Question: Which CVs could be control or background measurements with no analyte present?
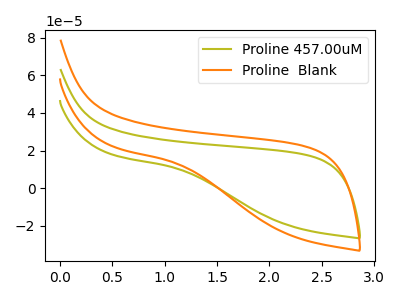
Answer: <think>The olive curve "Proline 457.00uM" has no peaks. The orange curve "Proline  Blank" has no peaks.</think>
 <answer>"Proline 457.00uM" and "Proline  Blank" are likely to be blanks.</answer>
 <eval>"Proline 457.00uM", "Proline  Blank"</eval>